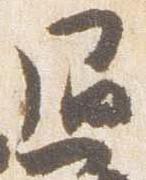
退